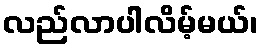
လည်လာပါလိမ့်မယ်၊